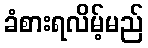
ခံစားရလိမ့်မည်